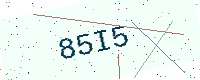
Text: 85I5